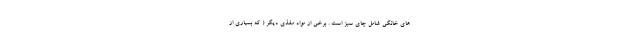
های خانگی شامل چای سبز است . برخی از مواد مغذی دیگر ( که بسیاری از